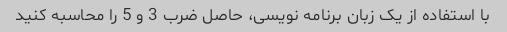
با استفاده از یک زبان برنامه نویسی، حاصل ضرب 3 و 5 را محاسبه کنید